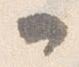
一